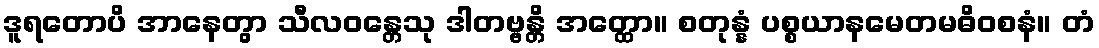
ဒူရတောပိ အာနေတွာ သီလဝန္တေသု ဒါတဗ္ဗန္တိ အတ္ထော။ စတုန္နံ ပစ္စယာနမေတမဓိဝစနံ။ တံ